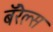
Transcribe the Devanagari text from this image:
बॅरेल्स